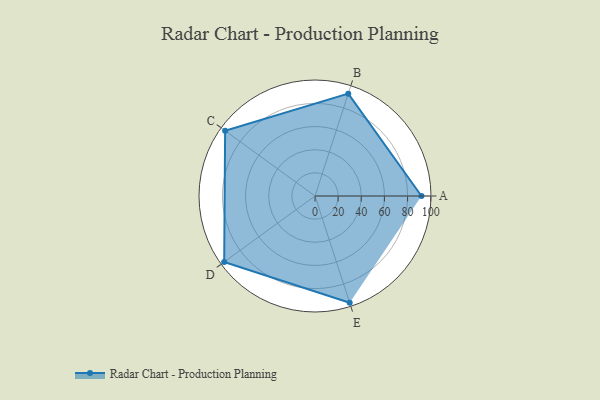
{"axis": {"x": "Skill", "y": "Score"}, "legend": ["Profile"], "data": [{"x": "A", "y": 92.0, "type": "Profile"}, {"x": "B", "y": 93.0, "type": "Profile"}, {"x": "C", "y": 96.0, "type": "Profile"}, {"x": "D", "y": 97.0, "type": "Profile"}, {"x": "E", "y": 97.0, "type": "Profile"}]}